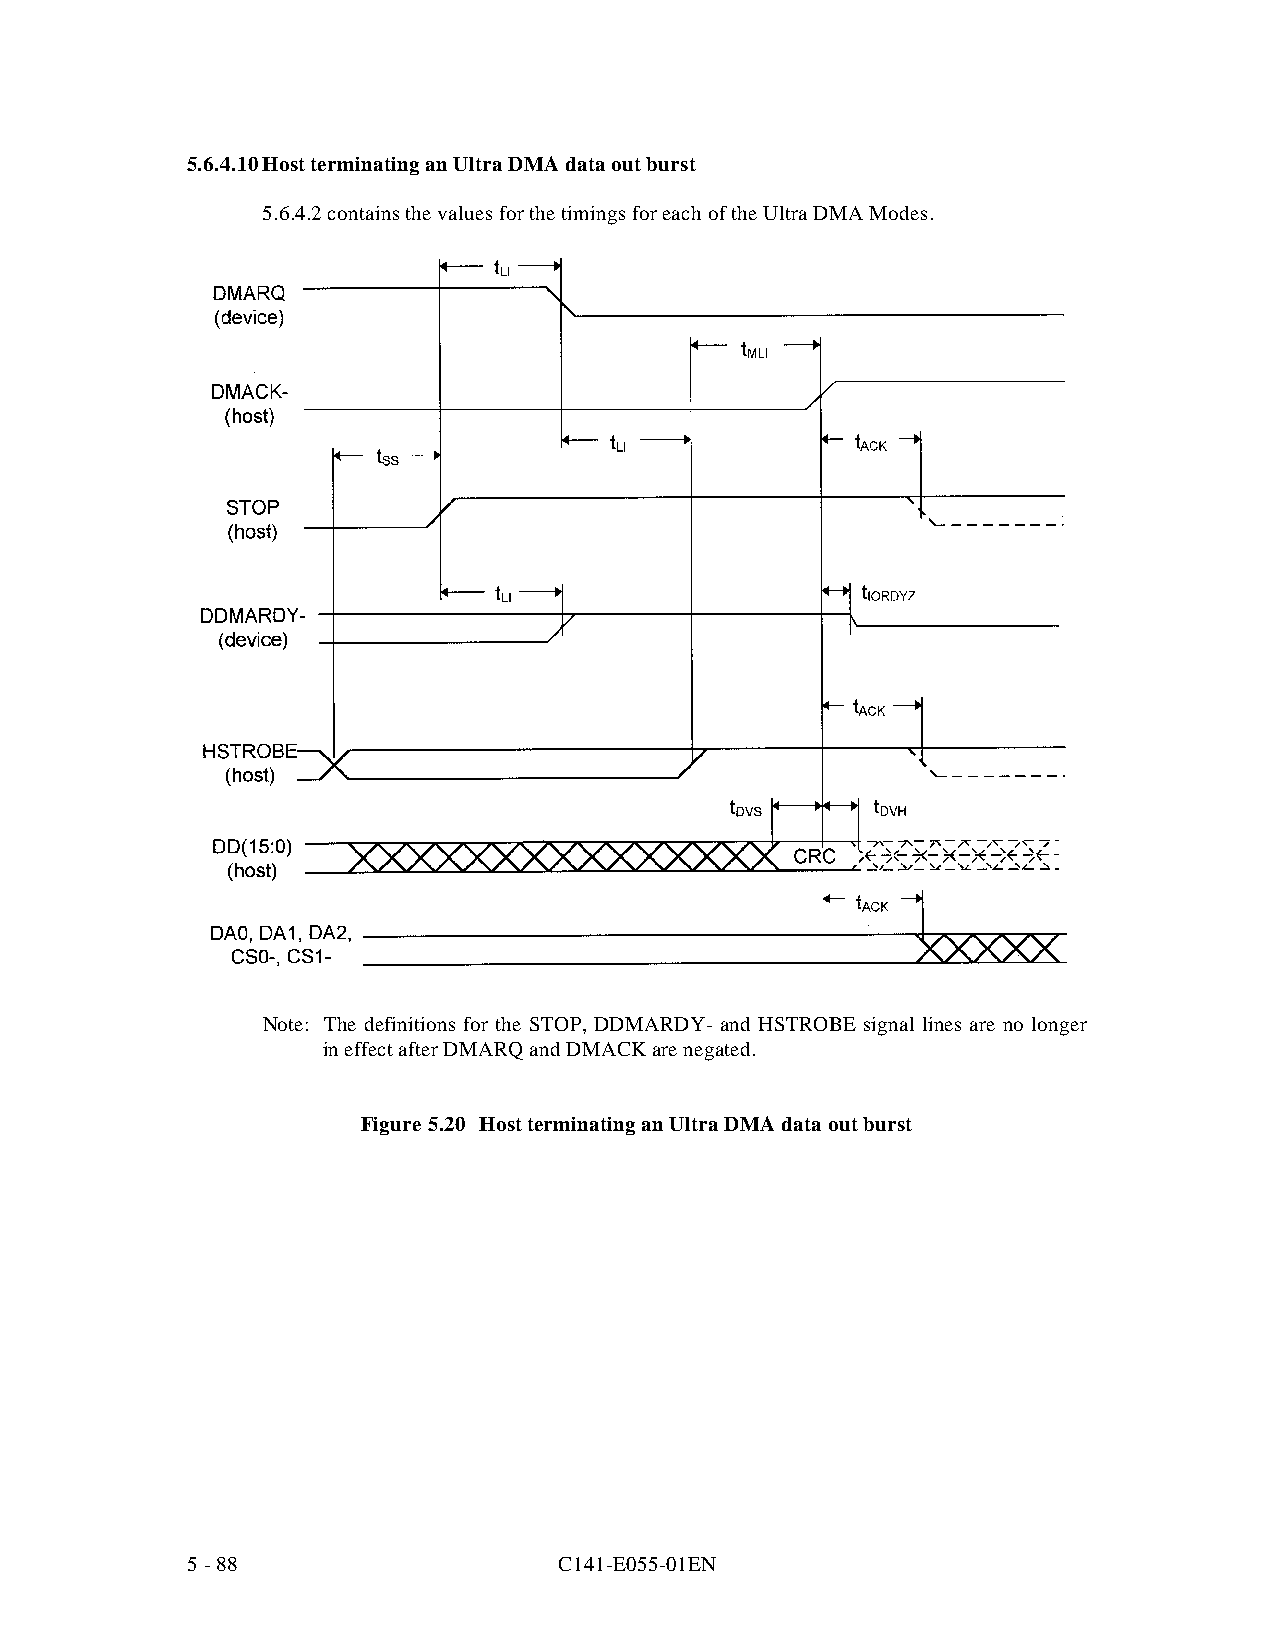
5.6.4.10Host terminating an Ultra DMA data out burst
 5.6.4.2 contains the values for the timings for each of the Ultra DMA Modes.
 Note: The definitions for the STOP, DDMARDY- and HSTROBE signal lines are no longer
 in effect after DMARQ and DMACK are negated.
 Figure 5.20 Host terminating an Ultra DMA data out burst
 5 - 88                   C141-E055-01EN